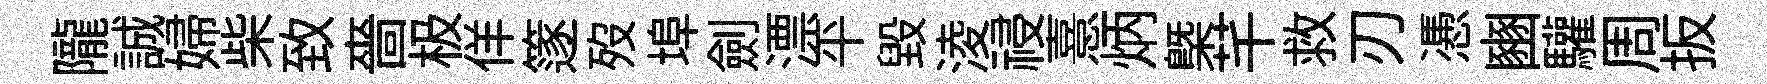
隴誠婦柴致嗇极佯篴歿埠劍漂平毀淩祲憙炳㮣芊救刃慿豳驩周扳